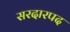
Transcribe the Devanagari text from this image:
सरदारपद